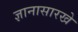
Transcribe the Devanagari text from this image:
ज्ञानासारखे